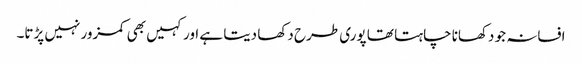
افسانہ جو دکھانا چاہتا تھا پوری طرح دکھا دیتا ہے اور کہیں بھی کمزور نہیں پڑتا۔